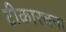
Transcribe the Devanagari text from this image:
टीकारचना